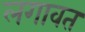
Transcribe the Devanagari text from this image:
लगावत